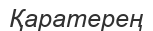
Қаратерең